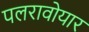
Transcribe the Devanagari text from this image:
पलरावोयार